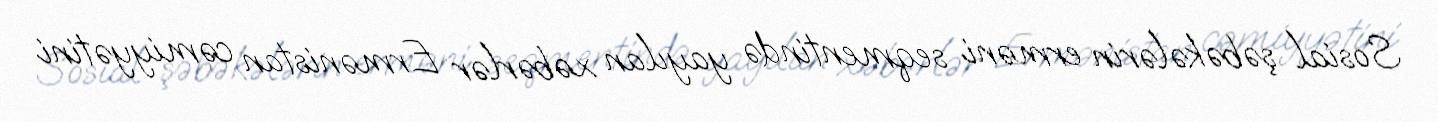
Sosial şəbəkələrin erməni seqmentində yayılan xəbərlər Ermənistan cəmiyyətini